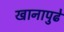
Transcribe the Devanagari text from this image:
खानापुढे